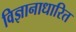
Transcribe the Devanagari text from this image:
विज्ञानाधारित